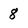
Character: 8